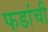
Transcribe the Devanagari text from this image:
फडांची